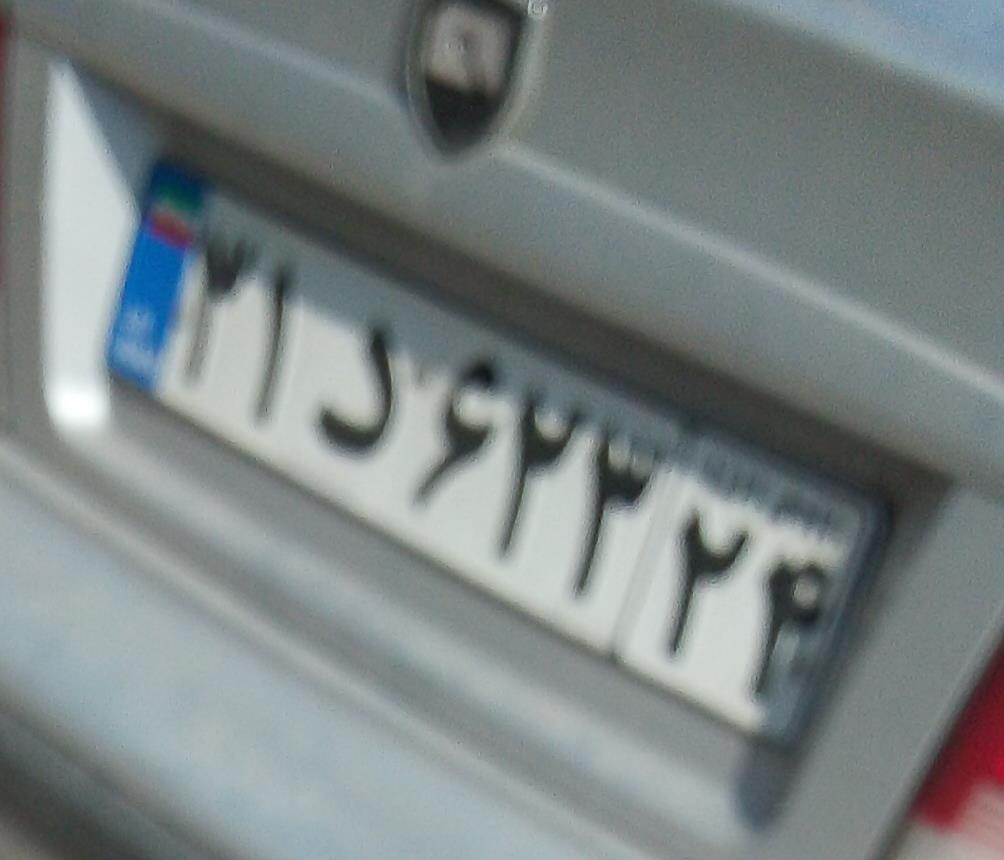
۳۱د۶۲۳۲۴